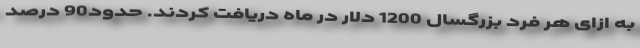
به ازای هر فرد بزرگسال 1200 دلار در ماه دریافت کردند. حدود90 درصد